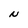
Character: N